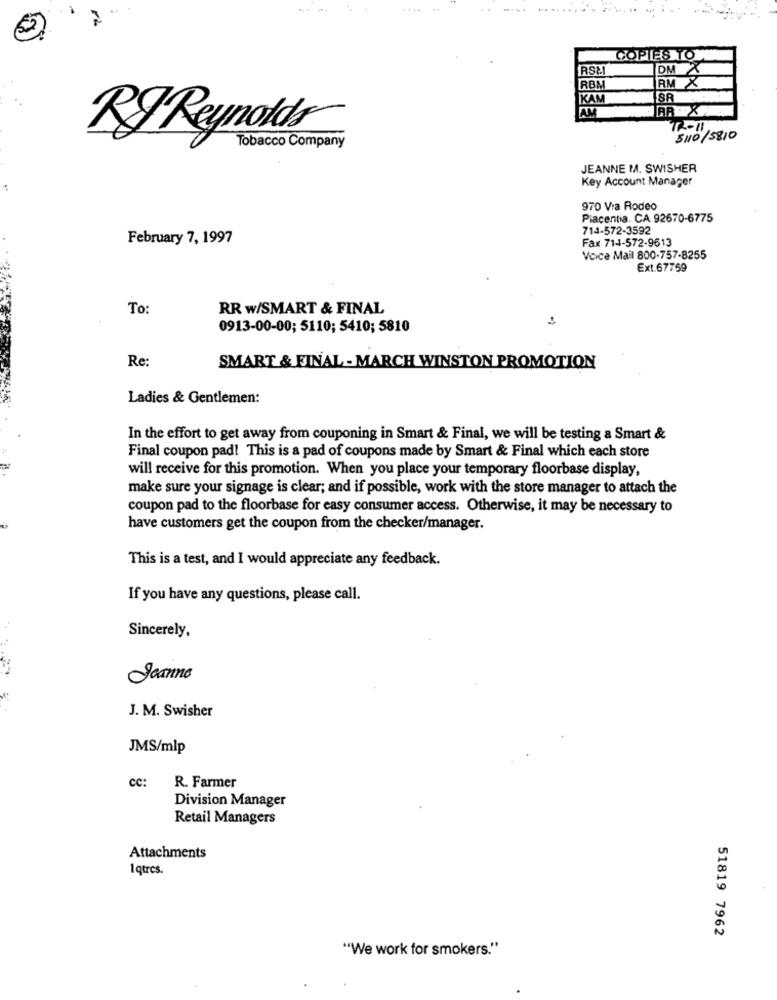
COPIES TO
RSM
DMX
RBM
RM X
KAM
SR
TR-11
RJ Reynolds
5110/ 5810
Tobacco Company
JEANNE M. SWISHER
Key Account Manager
970 Via Rodeo
Placentia. CA 92670-6775
714-572-3592
February 7, 1997
Fax 714-572-9613
Voice Mail 800-757-8255
Ext.67759
To:
RR w/SMART & FINAL
-
0913-00-00; 5110; 5410; 5810
Re:
SMART & FINAL - MARCH WINSTON PROMOTION
Ladies & Gentlemen:
In the effort to get away from couponing in Smart & Final, we will be testing a Smart &
Final coupon pad! This is a pad of coupons made by Smart & Final which each store
will receive for this promotion. When you place your temporary floorbase display,
make sure your signage is clear; and if possible, work with the store manager to attach the
coupon pad to the floorbase for easy consumer access. Otherwise, it may be necessary to
have customers get the coupon from the checker/manager.
This is a test, and I would appreciate any feedback.
If you have any questions, please call.
Sincerely,
Jeanne
..
J. M. Swisher
JMS/mlp
cc:
R. Farmer
Division Manager
Retail Managers
Attachments
1 qtres.
51819 7962
"We work for smokers."